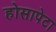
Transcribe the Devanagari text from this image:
होसापेटा